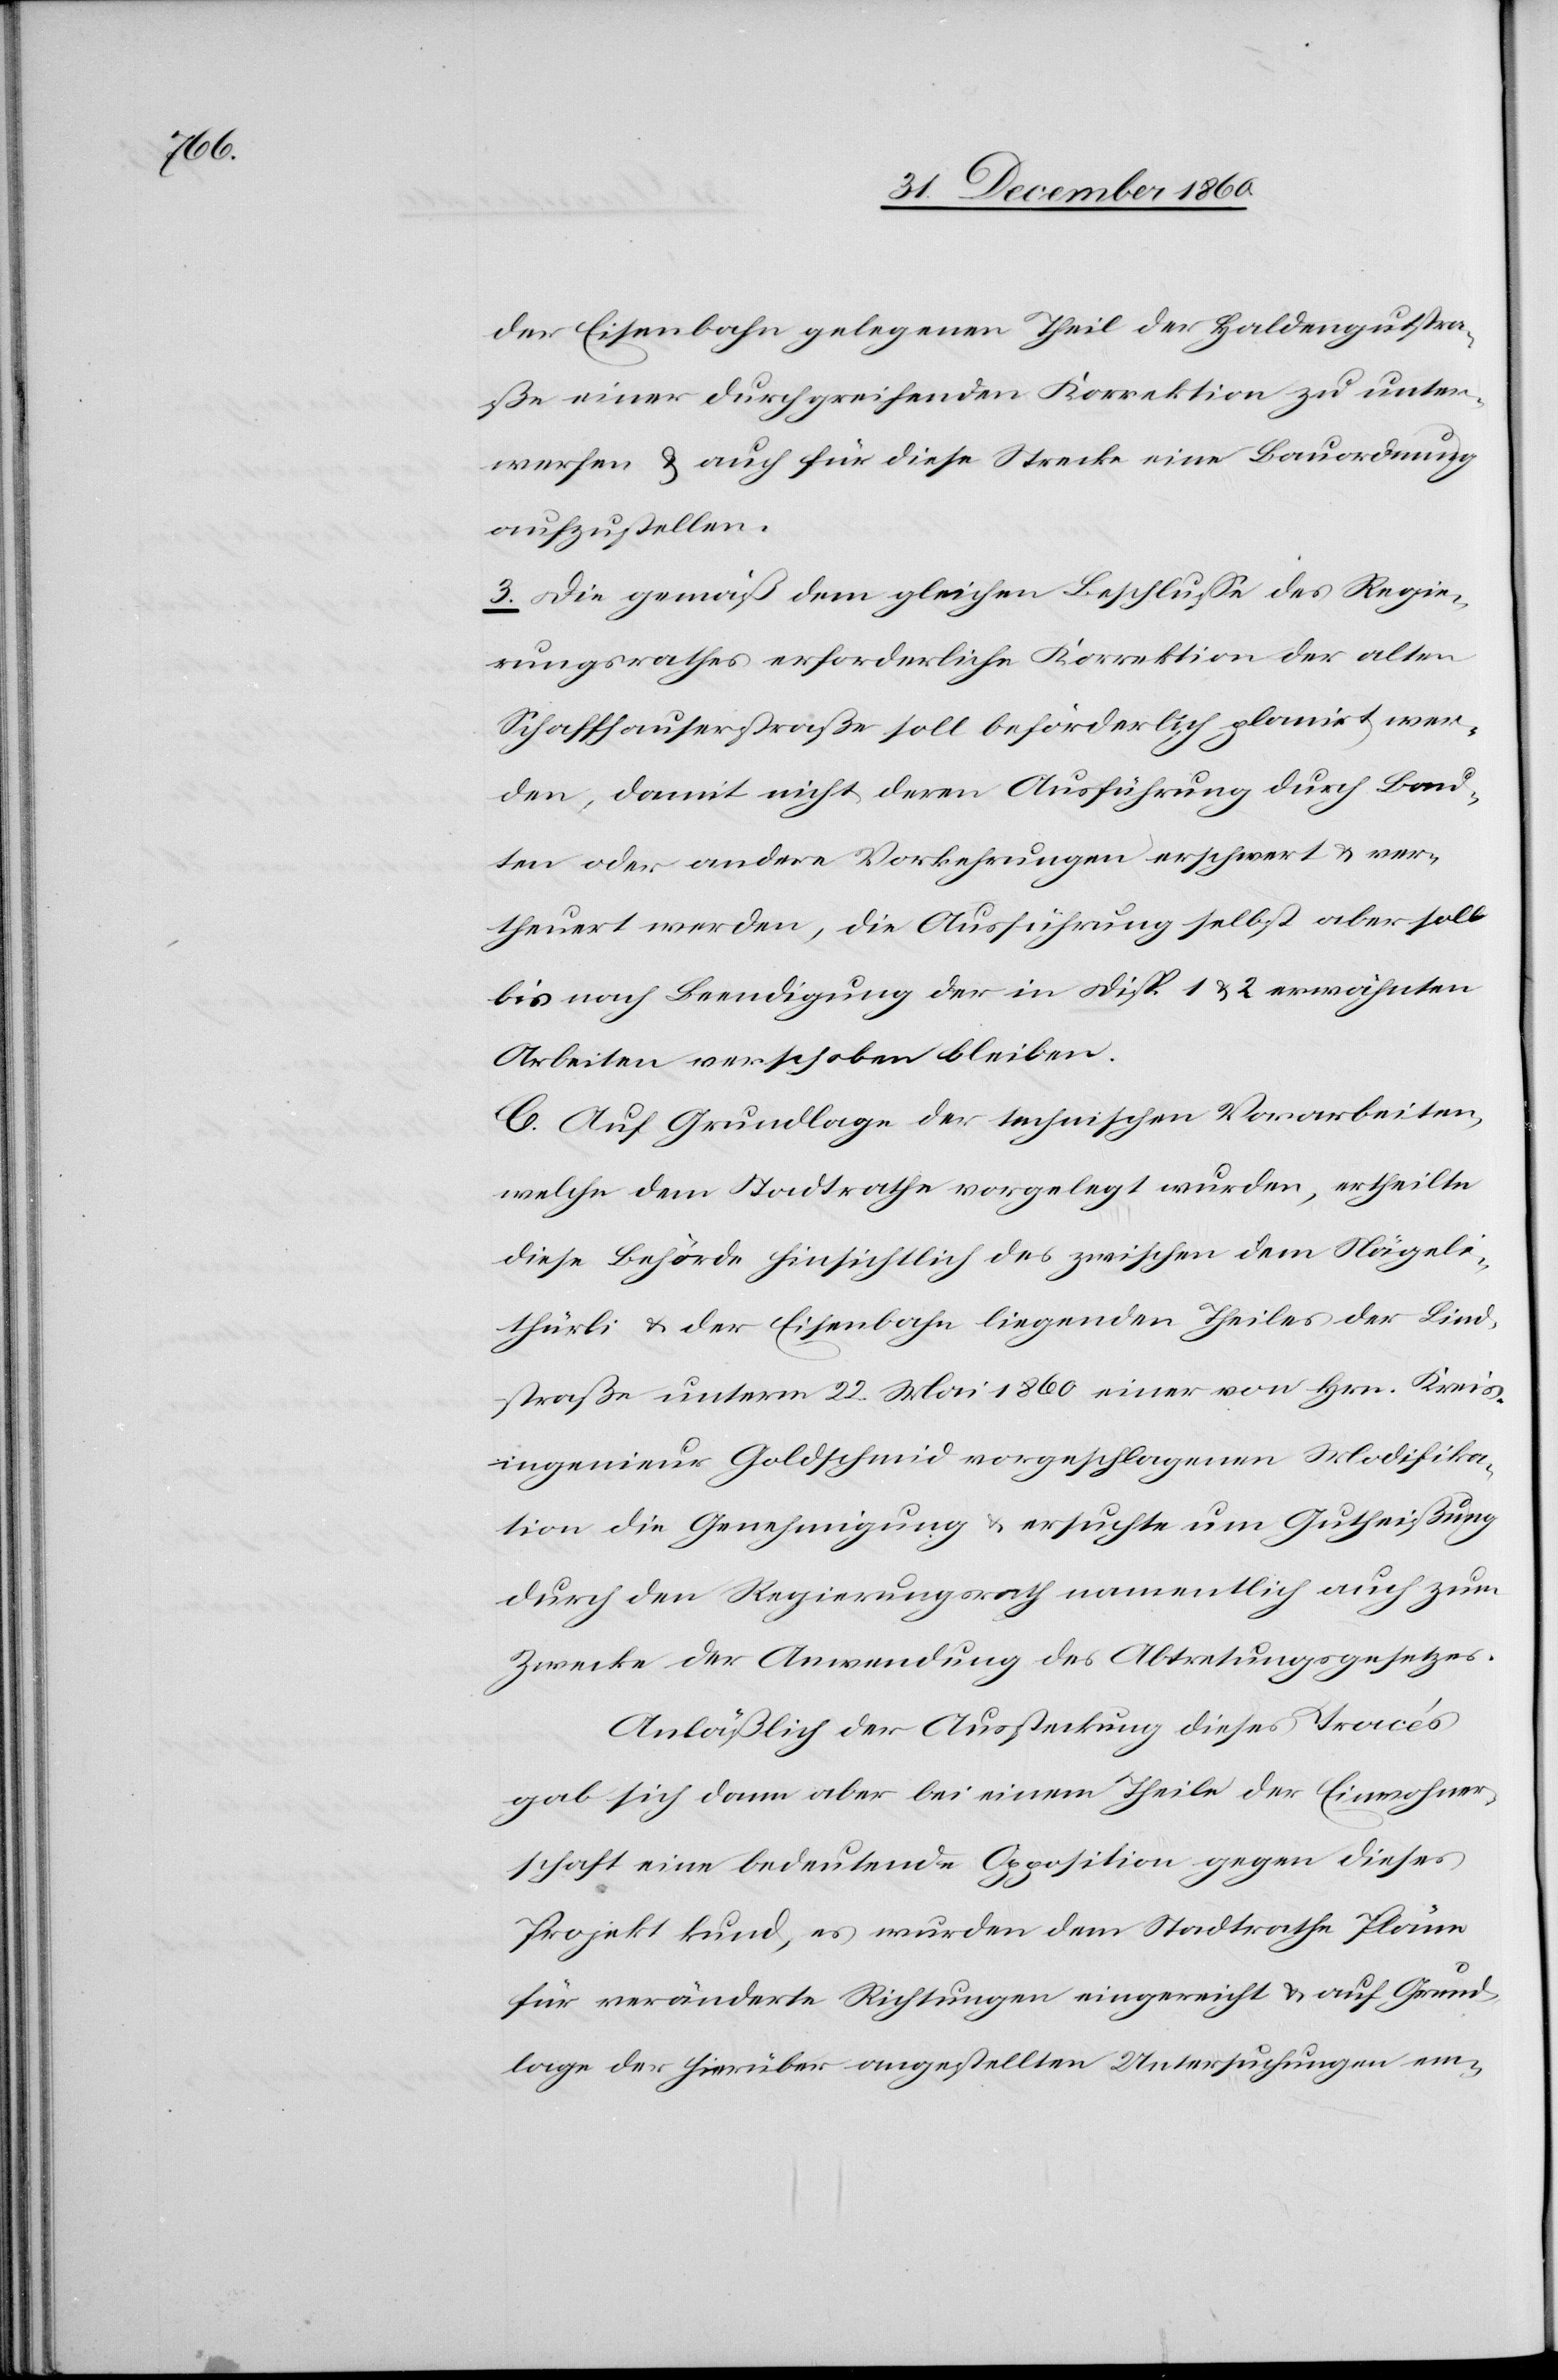
der Einsenbahn gelegenen Theil der Haldengutstra¬
ße einer durchgreifenden Korrektion zu unter¬
werfen u. auch für diese Strecke eine Bauordnung
aufzustellen.
3. Die gemäß dem gleichen Beschlusse des Regie¬
rungsrathes erforderliche Korrektion der alten
Schaffhauserstraße soll beförderlich planirt wer¬
den, damit nicht deren Ausführung durch Bau¬
ten oder andere Vorkehrungen erschwert u. ver¬
theuert werden, die Ausführung selbst aber soll
bis nach Beendigung der in Disp. 1 u. 2 erwähnten
Arbeiten verschoben bleiben.
C. Auf Grundlage der technischen Vorarbeiten,
welche dem Stadtrathe vorgelegt wurden, ertheilte
diese Behörde hinsichtlich des zwischen dem Nägeli¬
thürli u. der Eisenbahn liegenden Theiles der Lind¬
straße unterm 22. Mai 1860 einer von Hrn. Kreis¬
ingenieur Goldschmid vorgeschlagenen Modifika¬
tion die Genehmigung u. ersucht um Gutheißung
durch den Regierungsrath namentlich auch zum
Zwecke der Anwendung des Abtretungsgesetzes.
Anläßlich der Aussteckung dieses Tracés
gab sich dann aber bei einem Theile der Einwohner¬
schaft eine bedeutende Opposition gegen dieses
Projekt kund, es wurden dem Stradtrathe Pläne
für veränderte Richtungen eingereicht u. auf Grund¬
lage der hierüber angestellten Untersuchungen em-